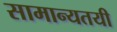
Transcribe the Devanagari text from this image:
सामान्यतयी